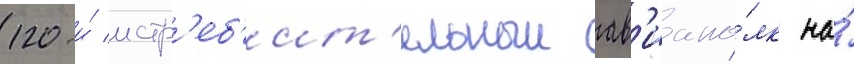
120-и́ истр'еб'ит'ельныи ав'иапо́лк на́